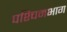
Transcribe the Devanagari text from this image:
पश्‍चिमभाग